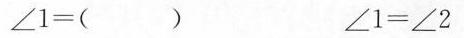
$$∠ 1 = ( )$$ $$∠ 1 = ∠ 2$$